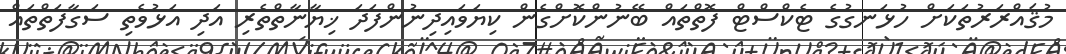
މުޤައްރަރުތަކަށް ހުޅަނގުގެ ޓެކްސްޓް ފޮތްތައް ބޭނުންކޮށްގެން ކިޔަވައިދިނުންފަދަ ޚިޔާނާތްތެރި އަދި އަޅުވެތި ސަގާފަތްތައް